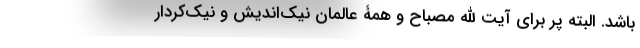
باشد. البته پر برای آیت الله مصباح و همۀ عالمان نیک‌اندیش و نیک‌کردار